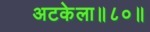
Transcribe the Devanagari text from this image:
अटकेला॥८०॥